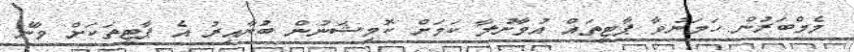
މެމްބަރުން ހަމަނުވާ ޕާޓީތައް އުވާނުލާ ކަމަށް ކޮމިޝަނުން ބުނާއިރު އެ ޕާޓީތަކަށް ވާނެ